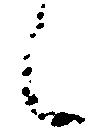
候